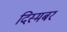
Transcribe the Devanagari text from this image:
दिस्मबर